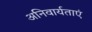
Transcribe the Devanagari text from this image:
अनिवार्यताएं